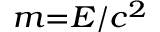
\scriptstyle { m = E / c ^ { 2 } }